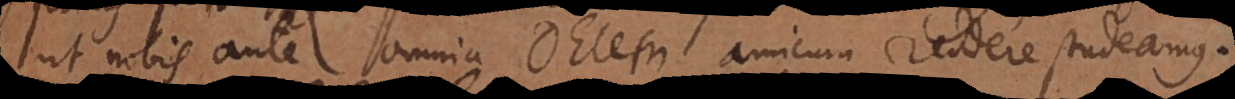
ut nobis ante omnia Deum amicum reddere studeamus,